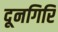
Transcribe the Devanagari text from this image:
दूनगिरि